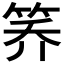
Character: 𰩸